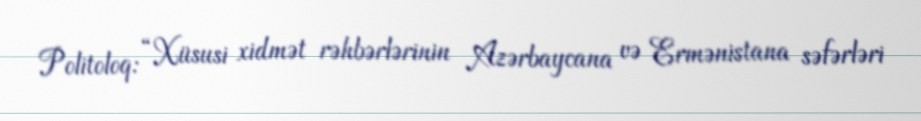
Politoloq: “Xüsusi xidmət rəhbərlərinin Azərbaycana və Ermənistana səfərləri